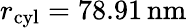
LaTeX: r_{\mathrm{cyl}}=78.91\, \mathrm{nm}